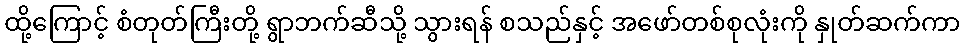
ထို့ကြောင့် စံတုတ်ကြီးတို့ ရွာဘက်ဆီသို့ သွားရန် စသည်နှင့် အဖော်တစ်စုလုံးကို နှုတ်ဆက်ကာ